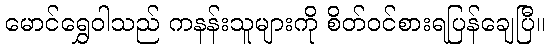
မောင်ရွှေဝါသည် ကနန်းသူများကို စိတ်ဝင်စားရပြန်ချေပြီ။